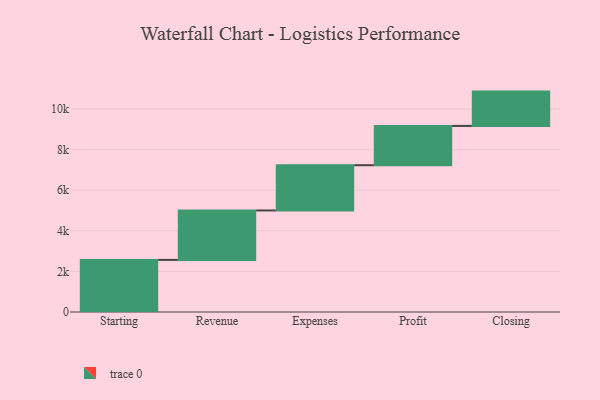
{"axis": {"x": "Step", "y": "Value"}, "legend": [""], "data": [{"x": "Starting", "y": 2568.0, "type": ""}, {"x": "Revenue", "y": 2437.0, "type": ""}, {"x": "Expenses", "y": 2230.0, "type": ""}, {"x": "Profit", "y": 1937.0, "type": ""}, {"x": "Closing", "y": 1691.0, "type": ""}]}